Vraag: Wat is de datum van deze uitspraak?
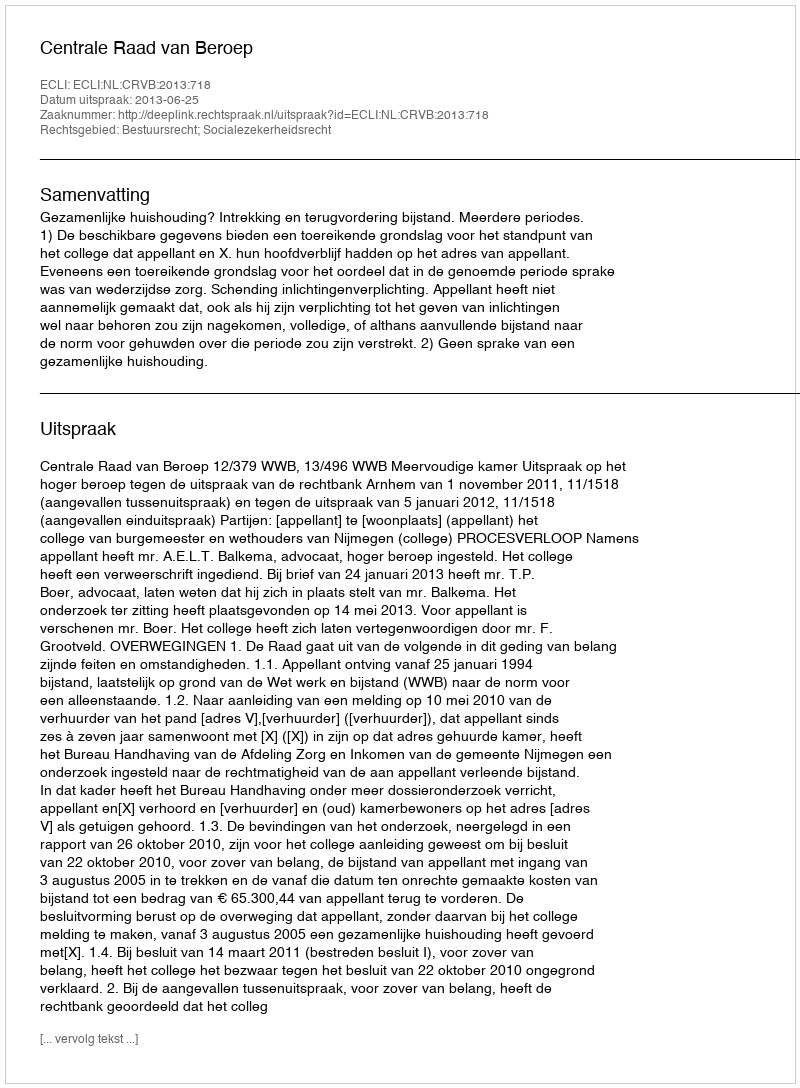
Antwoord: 2013-06-25